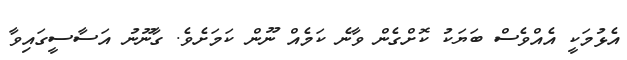
އެޅުމަކީ އެއްވެސް ބަޔަކު ކޮށްގެން ވާނެ ކަމެއް ނޫން ކަމަށެވެ. ގާނޫނު އަސާސީގައިވާ